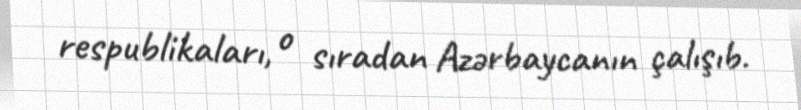
respublikaları, o sıradan Azərbaycanın çalışıb.